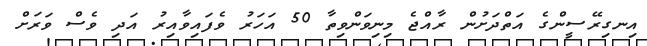
އިނގިރޭސީންގެ އަތްދަށުން ރާއްޖެ މިނިވަންވިތާ 50 އަހަރު ވެފައިވާއިރު އަދި ވެސް ވަރަށް